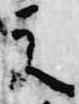
元